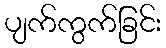
ပျက်ကွက်ခြင်း